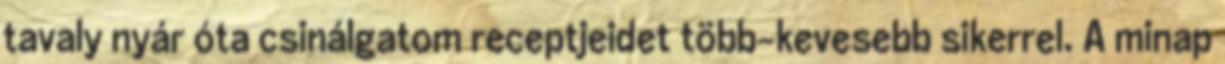
tavaly nyár óta csinálgatom receptjeidet több-kevesebb sikerrel. A minap